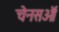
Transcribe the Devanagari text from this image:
चेनसऑ